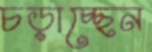
চড়াচ্ছেন